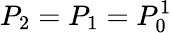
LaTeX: P_{2}=P_{1}=P_{0}^{1}